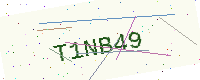
Text: T1NB49